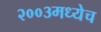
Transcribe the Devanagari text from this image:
२००३मध्येच